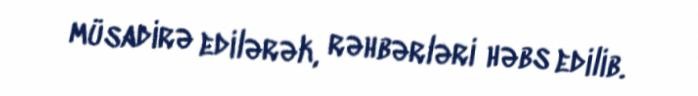
müsadirə edilərək, rəhbərləri həbs edilib.